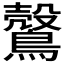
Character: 𪅏